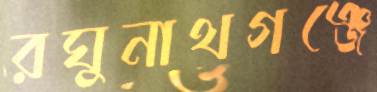
রঘুনাথগঞ্জে